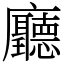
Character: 廳